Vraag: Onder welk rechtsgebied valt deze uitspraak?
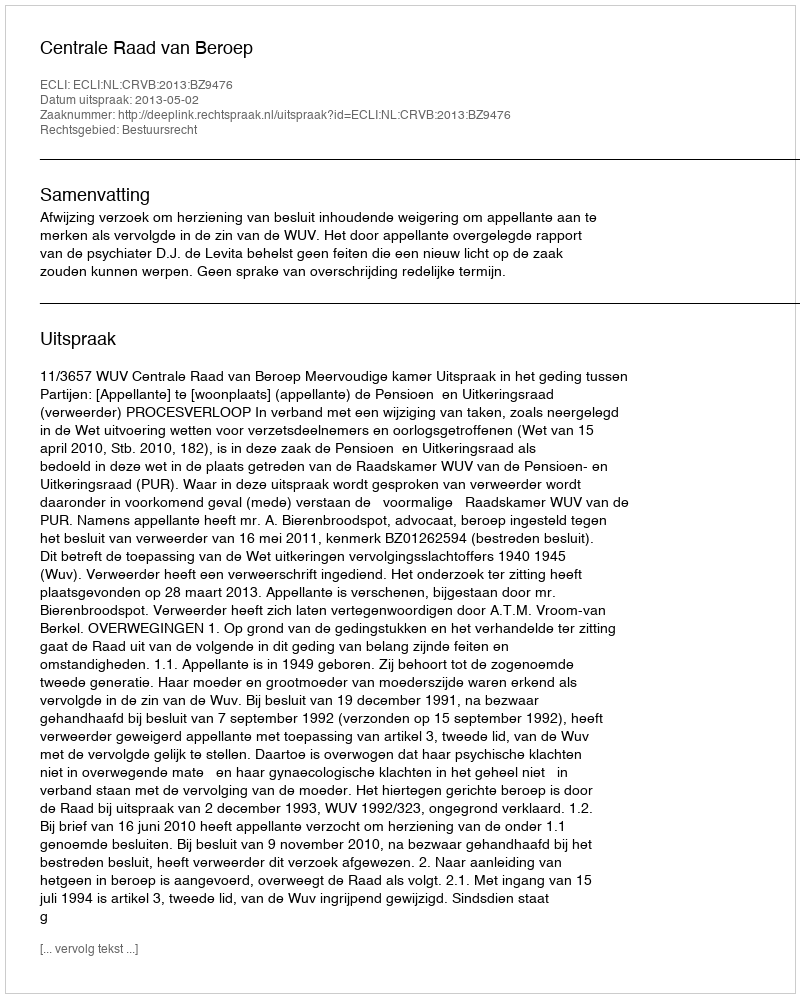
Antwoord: Bestuursrecht